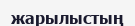
жарылыстың